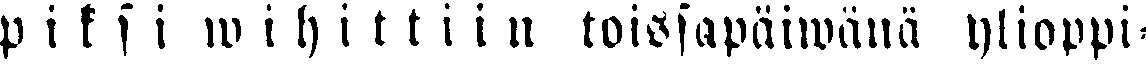
piksi wihittiin toissapäiwänä ylioppi-